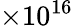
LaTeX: \times 10^{16}